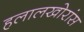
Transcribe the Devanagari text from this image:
हलालखोरांस